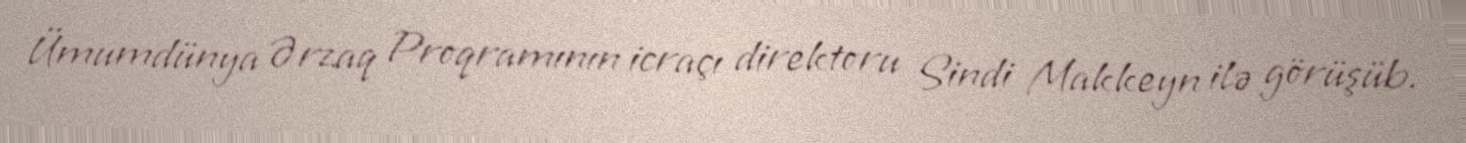
Ümumdünya Ərzaq Proqramının icraçı direktoru Sindi Makkeyn ilə görüşüb.